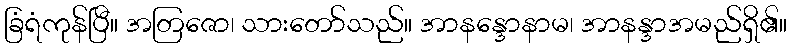
ခြံရံကုန်ပြီ။ အတြဇော၊ သားတော်သည်။ အာနန္ဒောနာမ၊ အာနန္ဒာအမည်ရှိ၏။